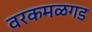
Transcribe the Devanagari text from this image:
वरकमळगड